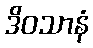
ဒိဝသာနံ